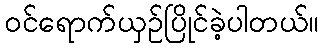
ဝင်ရောက်ယှဉ်ပြိုင်ခဲ့ပါတယ်။